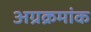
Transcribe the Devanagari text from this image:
अग्रक्रमांक